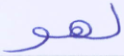
لهو